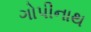
ગોપીનાથ